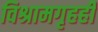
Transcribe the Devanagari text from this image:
विश्रामगृहही